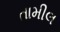
તામીલ